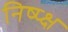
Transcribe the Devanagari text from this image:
निष्प्क्ष